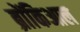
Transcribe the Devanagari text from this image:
ब्रोंकिआल